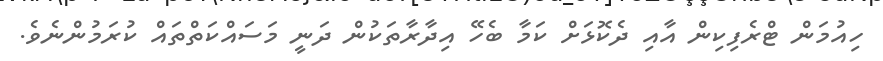
ހިއުމަން ޓްރެފިކިން އާއި ދެކޮޅަށް ކަމާ ބެހޭ އިދާރާތަކުން ދަނީ މަސައްކަތްތައް ކުރަމުންނެވެ.